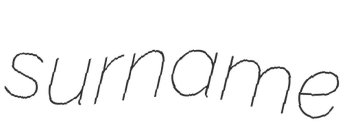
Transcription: surname